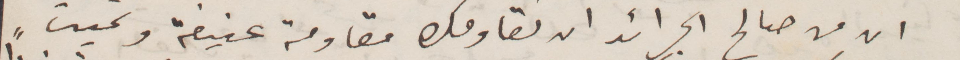
ان من صالح الجرائد ان تقاومك مقاومة عنيفة وتميت